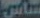
ساس